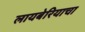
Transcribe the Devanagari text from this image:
लायबेरियाचा